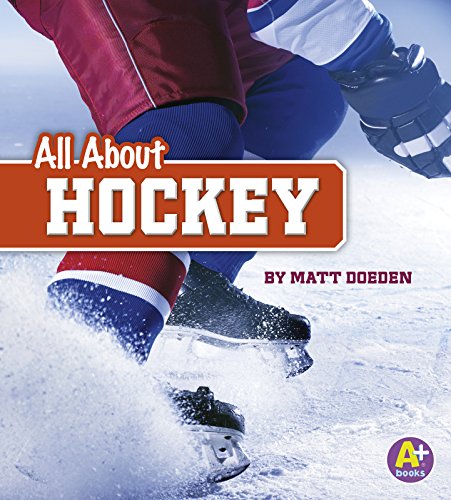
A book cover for All About Hockey (All About Sports); Matt Doeden; Children's Books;